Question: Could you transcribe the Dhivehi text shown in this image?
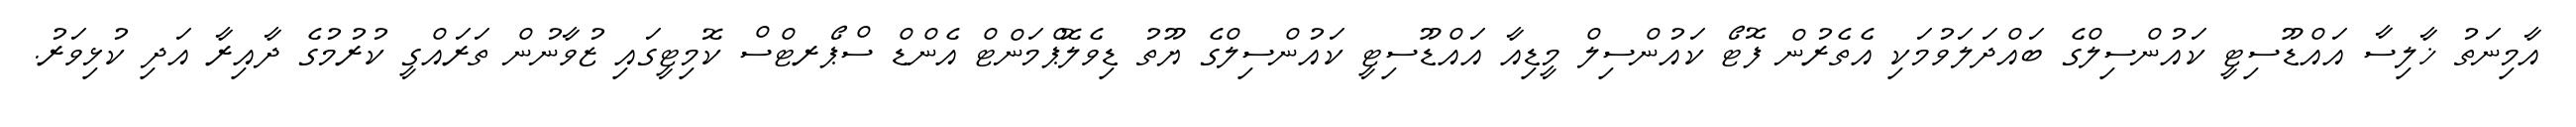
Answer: އާމިނަތު ޚާލިސާ އައްޑޫސިޓީ ކައުންސިލްގެ ބައްދަލަވުމަކި އެތެރުން ފޮޓޯ ކައުންސިލް މީޑިއާ އައްޑޫސިޓީ ކައުންސިލްގެ ޔޫތު ޑިވެލޮޕްމަންޓް އެންޑް ސްޕޯރޓްސް ކޮމިޓީގައި ޒުވާނުން ތަރައްގީ ކުރުމުގެ ދާއިރާ އަދި ކުޅިވަރު.